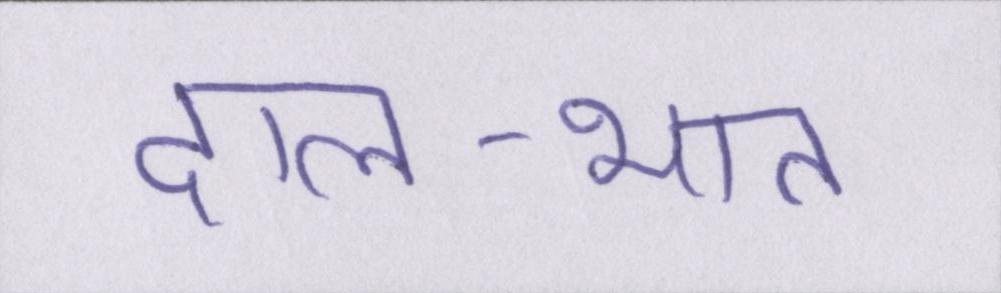
दाल-भात